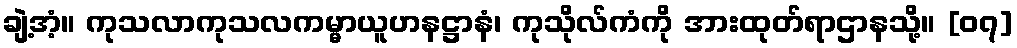
ချဲ့အံ့။ ကုသလာကုသလကမ္မာယူဟနဋ္ဌာနံ၊ ကုသိုလ်ကံကို အားထုတ်ရာဌာနသို့။ [၀၇]